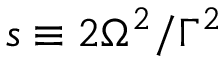
s \equiv 2 \Omega ^ { 2 } / \Gamma ^ { 2 }